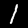
Digit: 1